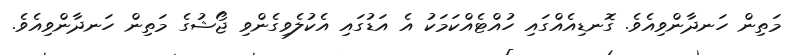
މަތިން ހަނދާންވިއެވެ. ގޮނޑިއެއްގައި ހުއްޓެއްކަމަކު އެ އަޑުގައި އެކުލެވިގެންވި ޖޯޝުގެ މަތިން ހަނދާންވިއެވެ.